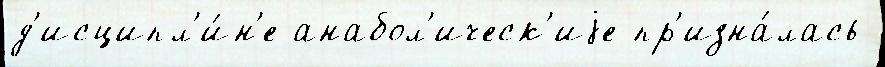
д'исципл'и́н'е анабол'ическ'иjе пр'изна́лась